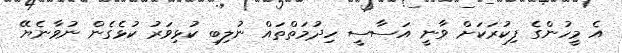
އެ މީހުންގެ ފިކުރަކަށް ވާނީ އަސާސީ ހިދުމަތްތައް ނުލިބި ކުޅިވަރު ކުޅެގެން ނުވާނެޔޭ